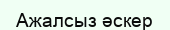
Ажалсыз әскер